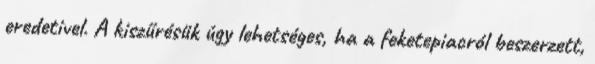
eredetivel. A kiszűrésük úgy lehetséges, ha a feketepiacról beszerzett,